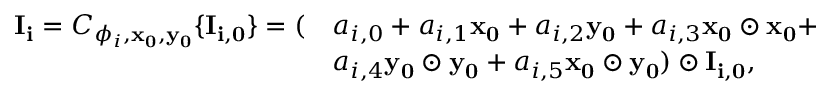
\begin{array} { r l } { \mathbf { I _ { i } } = C _ { \phi _ { i } , \mathbf { x _ { 0 } } , \mathbf { y _ { 0 } } } \{ \mathbf { I _ { i , 0 } } \} = ( } & { a _ { i , 0 } + a _ { i , 1 } \mathbf { x _ { 0 } } + a _ { i , 2 } \mathbf { y _ { 0 } } + a _ { i , 3 } \mathbf { x _ { 0 } \odot x _ { 0 } } + } \\ & { a _ { i , 4 } \mathbf { y _ { 0 } \odot y _ { 0 } } + a _ { i , 5 } \mathbf { x _ { 0 } \odot y _ { 0 } } ) \odot \mathbf { I _ { i , 0 } } , } \end{array}